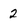
Character: 2